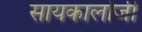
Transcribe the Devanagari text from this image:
सायकालोजी